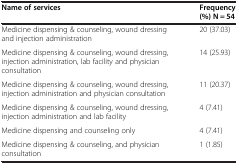
| Name of services | Frequency (%) N = 54 |
 | --- | --- |
 | Medicine dispensing & counseling, wound dressing and injection administration | 20 (37.03) |
 | Medicine dispensing & counseling, wound dressing, injection administration, lab facility and physician consultation | 14 (25.93) |
 | Medicine dispensing & counseling, wound dressing, injection administration and physician consultation | 11 (20.37) |
 | Medicine dispensing & counseling, wound dressing, injection administration and lab facility | 4 (7.41) |
 | Medicine dispensing and counseling only | 4 (7.41) |
 | Medicine dispensing & counseling, and physician consultation | 1 (1.85) |